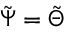
\boldsymbol { \tilde { \Psi } } = \boldsymbol { \tilde { \Theta } }